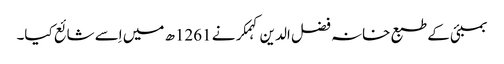
بمبئی کے طبع خانہ فضل الدین کہمکر نے 1261ھ میں اِسے شائع کیا۔